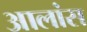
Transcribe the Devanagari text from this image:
आलांस